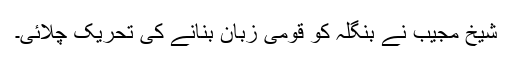
شیخ مجیب نے بنگلہ کو قومی زبان بنانے کی تحریک چلائی۔